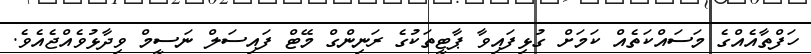
ހަފްތާއެއްގެ މަސައްކަތެއް ކަމަށް ގުޅިފައިވާ ޕާޓީތަކުގެ ރަނިންގް މޭޓް ފައިސަލް ނަސީމް ވިދާޅުވެއްޖެއެވެ.